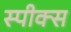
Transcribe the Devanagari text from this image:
स्पीक्स